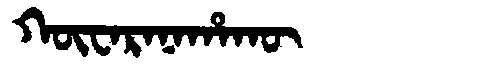
Manchu: ᡴᡡᠸᠠᡵᠠᠨᠠᡥᠠᡴᡡ
Romanization: KŪWARANAHAKŪ